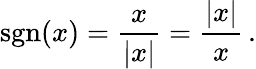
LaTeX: \operatorname{sgn}(x)={\frac{x}{|x|}}={\frac{|x|}{x}}\, .